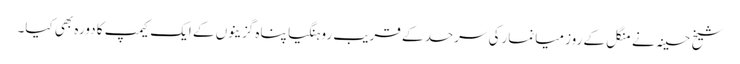
شیخ حسینہ نے منگل کے روز میانمارکی سرحد کے قریب روہنگیا پناہ گزینوں کے ایک کیمپ کا دورہ بھی کیا۔